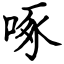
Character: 啄